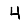
Digit: 4